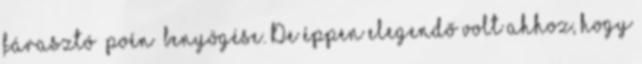
fárasztó „poén” benyögése. De éppen elegendő volt ahhoz, hogy